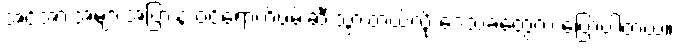
အင်အားအများအပြားနဲ့ ဝင်ရောက်ဖမ်းဆီးသွားတယ်လို့ ဒေသခံတွေက ပြောပါတယ်။